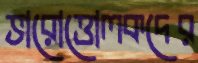
ভারোত্তোলকদের